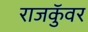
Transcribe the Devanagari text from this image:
राजकुॅवर